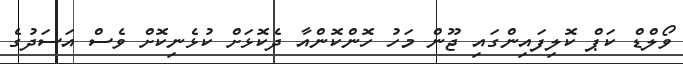
ވޯލްޑް ކަޕް ކޮލިފައިންގައި ޖޫން މަހު ހޮންކޮންއާ ދެކޮޅަށް ކުޅެނިކޮށް ވެސް އަސަދުގެ